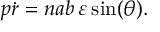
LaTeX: p { \dot { r } } = n a b \, \varepsilon \sin ( \theta ) .